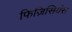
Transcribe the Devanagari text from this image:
फिज़िसियंस